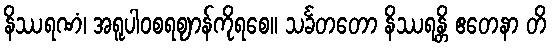
နိဿရဏံ၊ အရူပါဝစရဈာန်ကိုရစေ။ သင်္ခတတော နိဿရန္တိ ဧတေနာ တိ